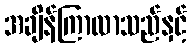
အချိန်ကြာလာသည်နှင့်